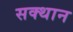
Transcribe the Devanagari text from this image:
सक्थान